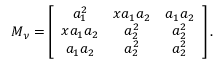
{ \cal M } _ { \nu } = \left[ \begin{array} { c c c } { { a _ { 1 } ^ { 2 } } } & { { x a _ { 1 } a _ { 2 } } } & { { a _ { 1 } a _ { 2 } } } \\ { { x a _ { 1 } a _ { 2 } } } & { { a _ { 2 } ^ { 2 } } } & { { a _ { 2 } ^ { 2 } } } \\ { { a _ { 1 } a _ { 2 } } } & { { a _ { 2 } ^ { 2 } } } & { { a _ { 2 } ^ { 2 } } } \end{array} \right] .